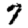
Digit: 7